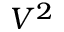
V ^ { 2 }